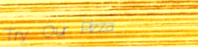
Try Our Pizza